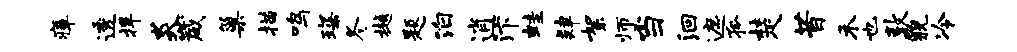
瘴透捍炎崴巢描鸣琛冬樾题泊逍汴蛙肄絮师当洄遮孤楚昔禾也敦貌冷